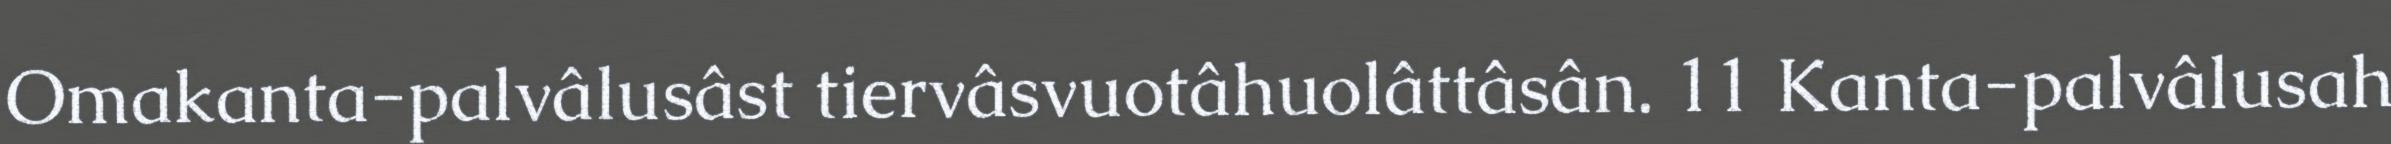
Omakanta-palvâlusâst tiervâsvuotâhuolâttâsân. 11 Kanta-palvâlusah